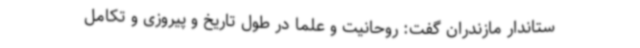
ستاندار مازندران گفت: روحانیت و علما در طول تاریخ و پیروزی و تکامل